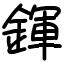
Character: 鍕